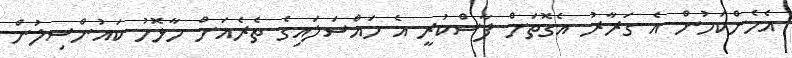
އެހެންކަމުން އެ ގަރާރު އެގޮތަށް ފާސްކުރީ އެ މައްސަލައިގެ ތެރެއަށް މާޅޮހު ކައުންސިލުން